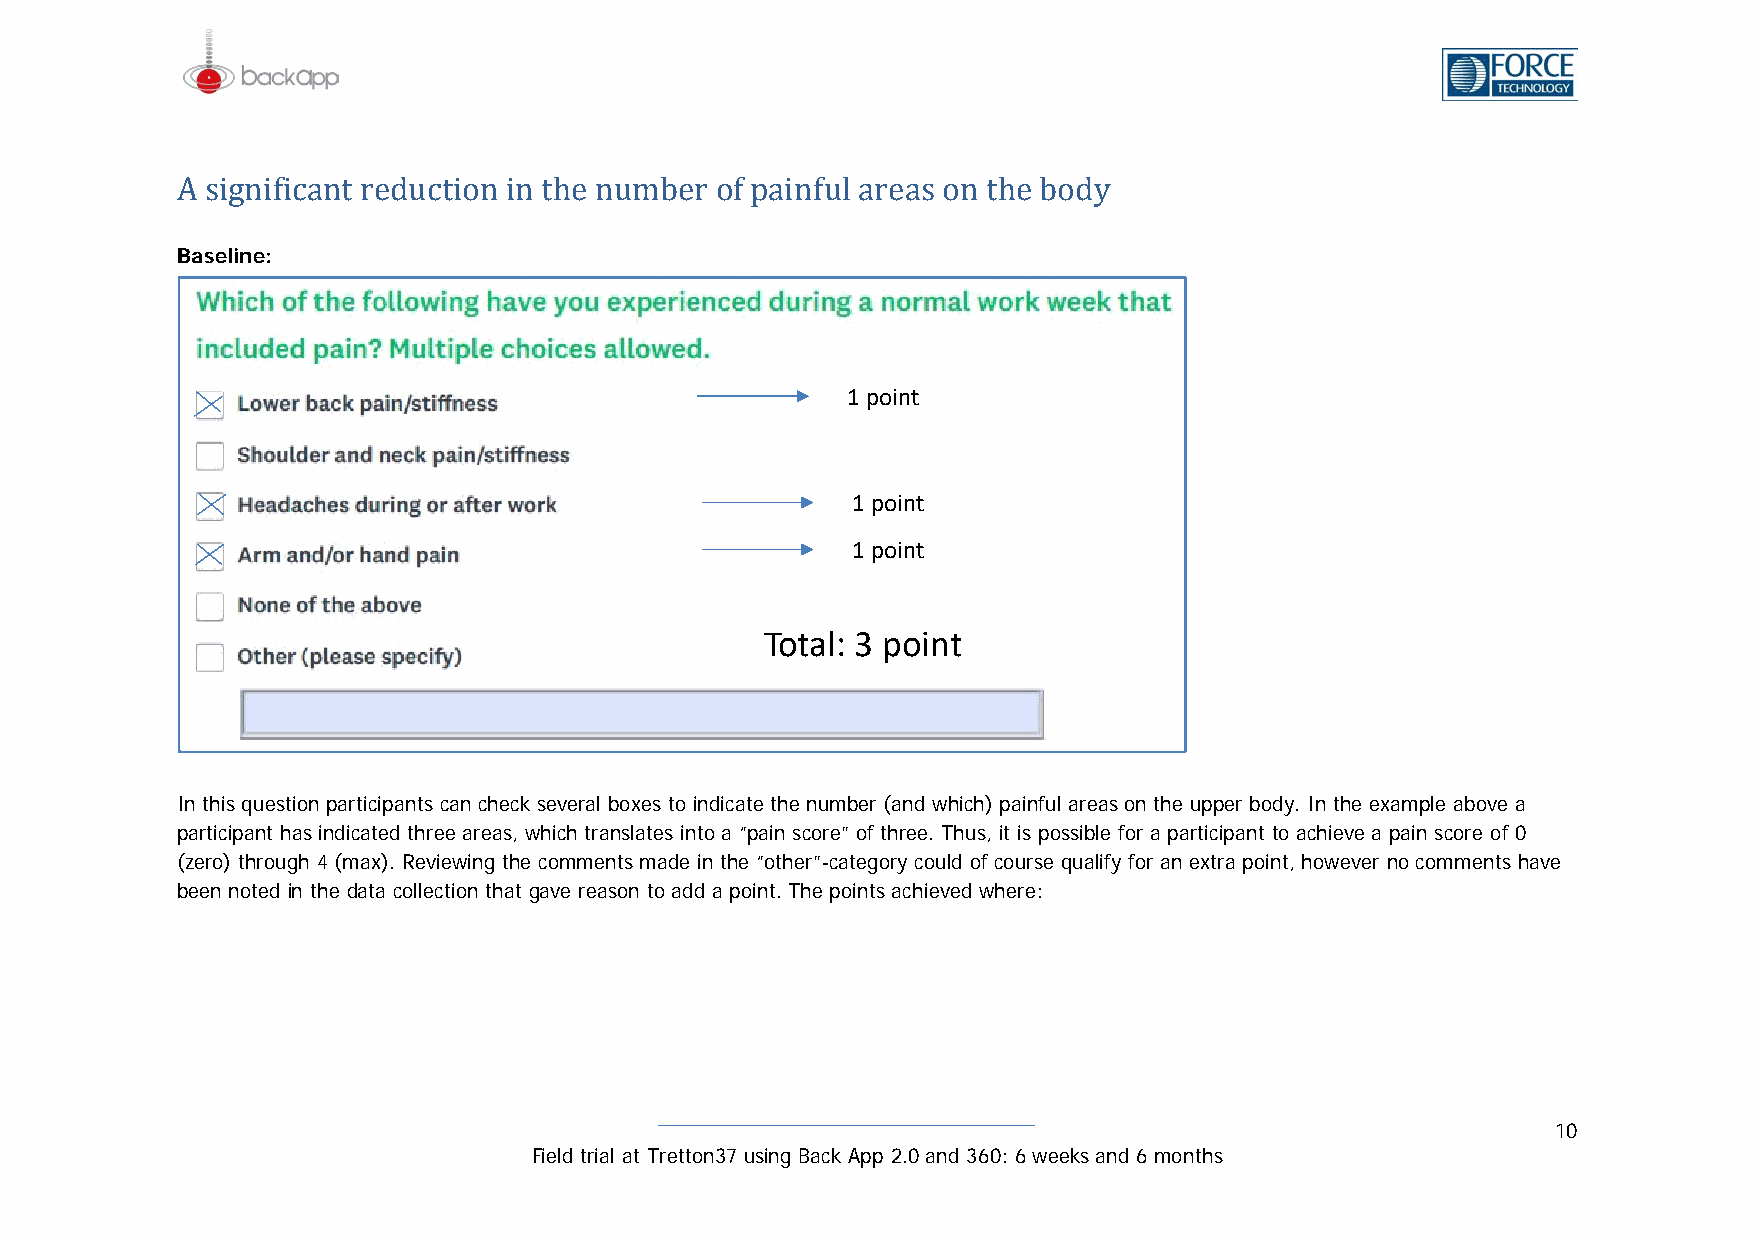
ABa sseilginnei: ficant reduction in the number of painful areas on the body
 1 point
 1 point
 1 point
 Total: 3 point
 In this question participants can check several boxes to indicate the number (and which) painful areas on the upper body. In the example above a
 participant has indicated three areas, which translates into a “pain score” of three. Thus, it is possible for a participant to achieve a pain score of 0
 (zero) through 4 (max). Reviewing the comments made in the “other”-category could of course qualify for an extra point, however no comments have
 been noted in the data collection that gave reason to add a point. The points achieved where:
 10
 Field trial at Tretton37 using Back App 2.0 and 360: 6 weeks and 6 months